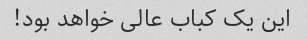
این یک کباب عالی خواهد بود!